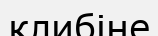
клибіне